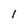
Character: l